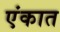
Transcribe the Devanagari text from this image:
एंकात